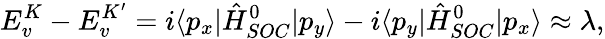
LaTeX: E_{v}^{K}-E_{v}^{K^{\prime}}=i\langle p_{x}|\hat{H}_{SOC}^{0}|p_{y}\rangle-i\langle p_{y}|\hat{H}_{SOC}^{0}|p_{x}\rangle\approx\lambda,